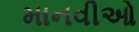
માનવીઓ